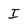
Character: I